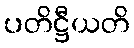
ပတိဋ္ဌီယတိ